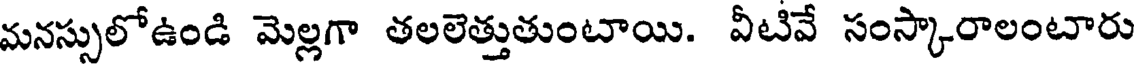
మనస్సులోఉండి మెల్లగా తలలెత్తుతుంటాయి. వీటివే సంస్కారాలంటారు